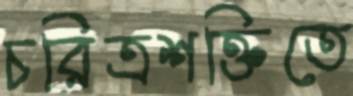
চরিত্রশক্তিতে